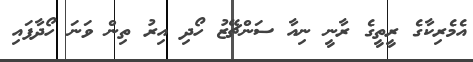
އެމެރިކާގެ ރީތީގެ ރާނީ ނިއާ ސަންޗޭޒު ހޯދި އިރު ތިން ވަނަ ހޯދާފައި